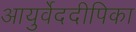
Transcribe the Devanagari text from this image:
आयुर्वेददीपिका